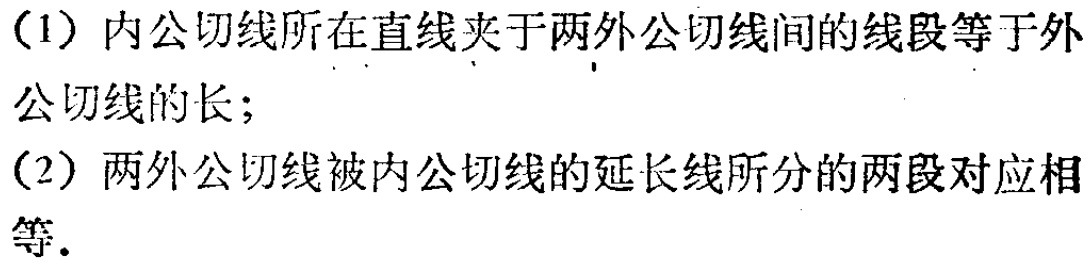
(1) 内公切线所在直线夹于两外公切线间的线段等于外公切线的长；
(2) 两外公切线被内公切线的延长线所分的两段对应相等.